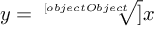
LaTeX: y = { \sqrt [ [object Object] ] { x } }